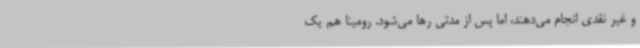
و غیر نقدی انجام می‌دهند، اما پس از مدتی رها می‌شود. رومینا هم یک